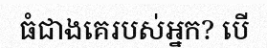
ធំជាងគេរបស់អ្នក? បើ